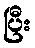
ပြီး